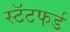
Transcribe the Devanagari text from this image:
स्टॅटफर्ड